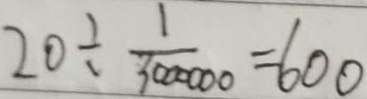
2 0 \div \frac { 1 } { 3 0 0 0 0 0 0 } = 6 0 0